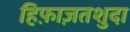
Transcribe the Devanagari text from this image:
हिफ़ाज़तशुदा